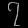
Digit: ၇